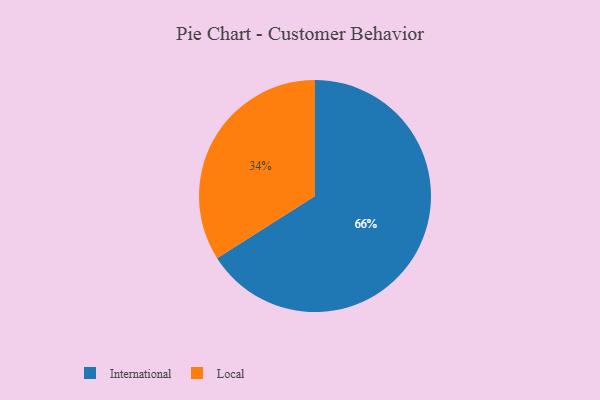
{"axis": {"x": "Category", "y": "Percentage"}, "legend": ["International", "Local"], "data": [{"x": "International", "y": 66, "type": "International"}, {"x": "Local", "y": 34, "type": "Local"}]}